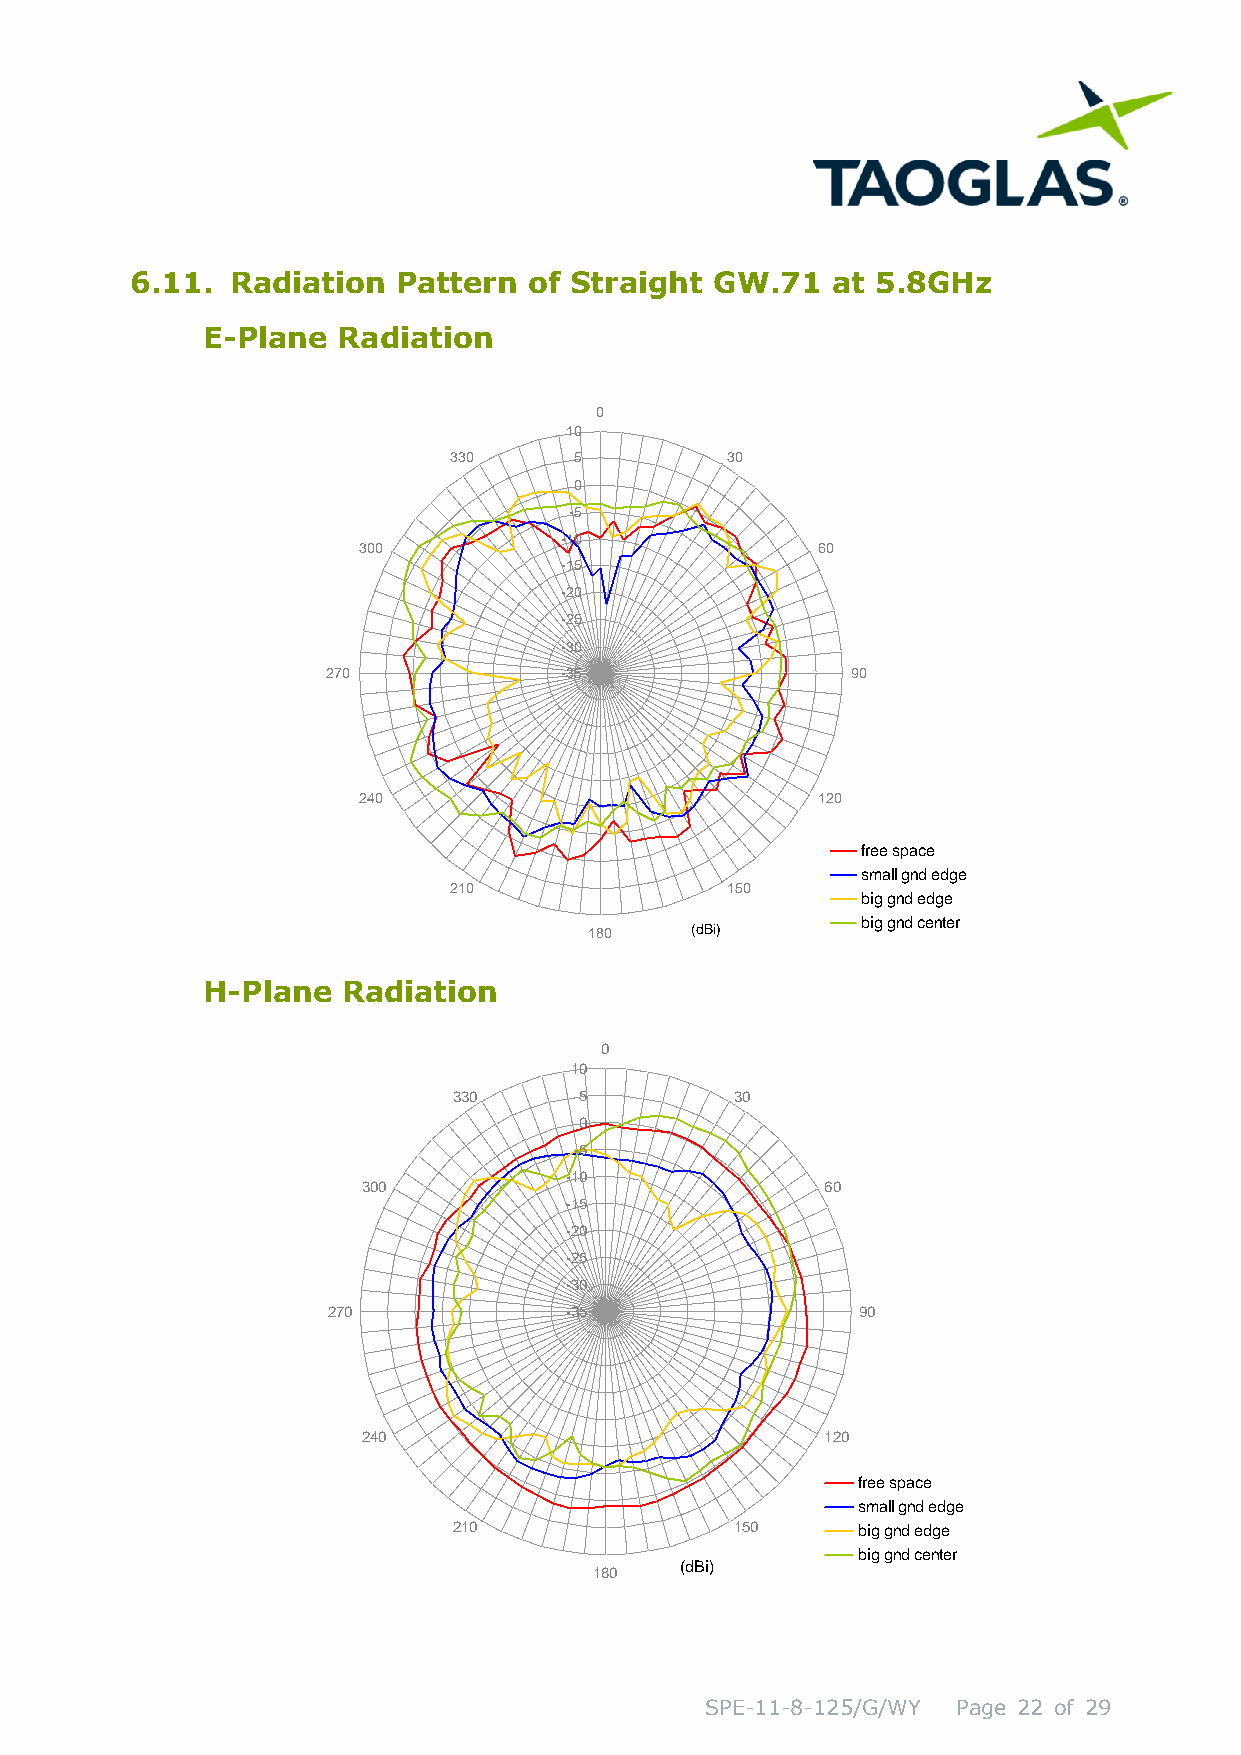
6.11. Radiation  Pattern  of Straight GW.71   at 5.8GHz
 E-Plane  Radiation
 H-Plane   Radiation
 0
 10
 330     5          30
 0
 -5
 -10
 300                            60
 -15
 -20
 -25
 -30
 270            -35                 90
 240                            120
 free space
 small gnd edge
 210                150     big gnd edge
 big gnd center
 (dBi)
 180
 SPE-11-8-125/G/WY Page 22 of 29
 2 7 0
 3
 2
 0
 4
 0
 0
 3
 2
 3
 1
 0
 0
 1 0
 5
 0
 -5
 -1 0
 -1 5
 -2 0
 -2 5
 -3 0
 -3 5
 1
 0
 8 0    (d B i)
 3
 1
 0
 5 0
 6
 1
 0
 2 0
 9 0
 fre e s p a c
 s m a ll g n d
 b ig g n d e
 b ig g n d c
 e
 e d g e
 d g e
 e n te r